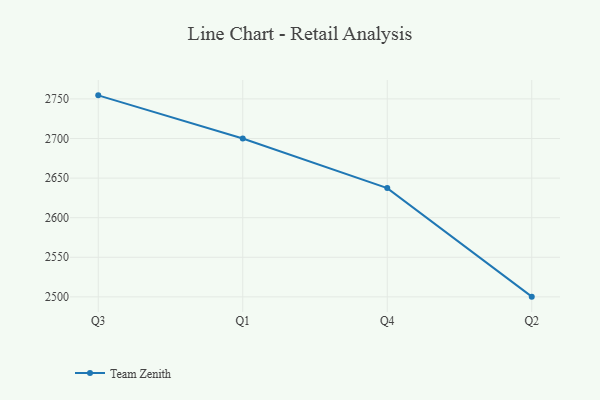
{"axis": {"x": "Quarter", "y": "Market Share (%)"}, "legend": ["Team Zenith"], "data": [{"x": "Q3", "y": 2754.5, "type": "Team Zenith"}, {"x": "Q1", "y": 2700.1, "type": "Team Zenith"}, {"x": "Q4", "y": 2637.4, "type": "Team Zenith"}, {"x": "Q2", "y": 2500.3, "type": "Team Zenith"}]}